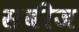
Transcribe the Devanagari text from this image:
सबीज